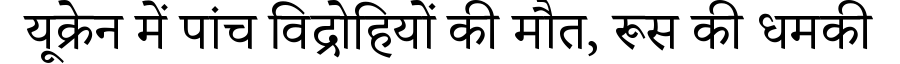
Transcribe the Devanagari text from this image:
यूक्रेन में पांच विद्रोहियों की मौत, रूस की धमकी